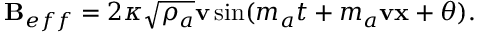
{ \bf B } _ { e f f } = 2 \kappa \sqrt { \rho _ { a } } { \bf v } \sin ( m _ { a } t + m _ { a } { \bf v } { \bf x } + \theta ) .